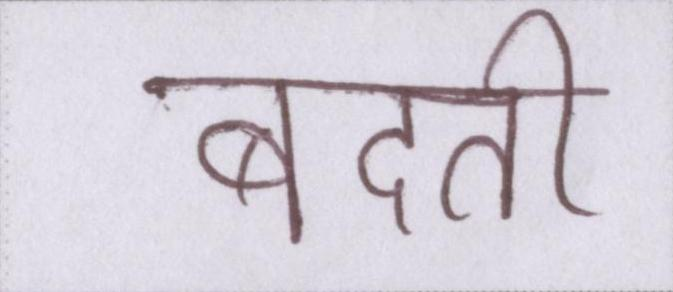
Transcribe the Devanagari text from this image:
बदती